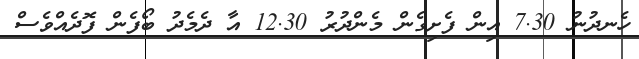
ހެނދުނު 7.30 އިން ފެށިގެން މެންދުރު 12.30 އާ ދެމެދު ބޯފެން ފޮދެއްވެސް